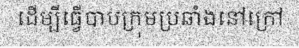
ដើម្បីធ្វើបាបក្រុមប្រឆាំងនៅក្រៅ